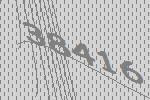
38416